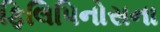
ફિલિપિનોસના